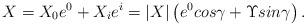
LaTeX: \begin{align*}X=X_{0}e^{0} +X_{i}e^{i}=|X|\left( e^{0} cos\gamma + \Upsilon sin \gamma \right) .\end{align*}